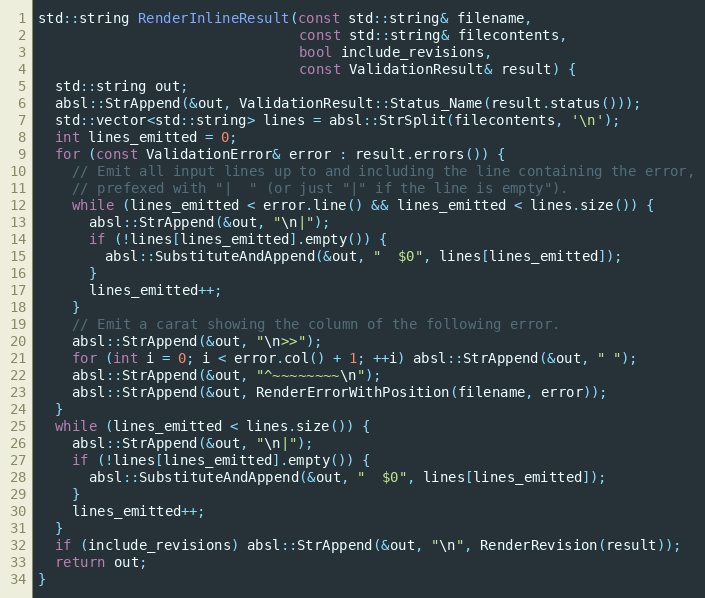
Language: C++
std::string RenderInlineResult(const std::string& filename,
                               const std::string& filecontents,
                               bool include_revisions,
                               const ValidationResult& result) {
  std::string out;
  absl::StrAppend(&out, ValidationResult::Status_Name(result.status()));
  std::vector<std::string> lines = absl::StrSplit(filecontents, '\n');
  int lines_emitted = 0;
  for (const ValidationError& error : result.errors()) {
    // Emit all input lines up to and including the line containing the error,
    // prefexed with "|  " (or just "|" if the line is empty").
    while (lines_emitted < error.line() && lines_emitted < lines.size()) {
      absl::StrAppend(&out, "\n|");
      if (!lines[lines_emitted].empty()) {
        absl::SubstituteAndAppend(&out, "  $0", lines[lines_emitted]);
      }
      lines_emitted++;
    }
    // Emit a carat showing the column of the following error.
    absl::StrAppend(&out, "\n>>");
    for (int i = 0; i < error.col() + 1; ++i) absl::StrAppend(&out, " ");
    absl::StrAppend(&out, "^~~~~~~~~\n");
    absl::StrAppend(&out, RenderErrorWithPosition(filename, error));
  }
  while (lines_emitted < lines.size()) {
    absl::StrAppend(&out, "\n|");
    if (!lines[lines_emitted].empty()) {
      absl::SubstituteAndAppend(&out, "  $0", lines[lines_emitted]);
    }
    lines_emitted++;
  }
  if (include_revisions) absl::StrAppend(&out, "\n", RenderRevision(result));
  return out;
}